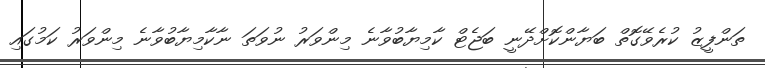
ތަންފީޒު ކުރެވޭގޮތް ބަޔާންކޮށްދޭނީ ބަޖެޓް ކާމިޔާބުވާނެ މިންވަރު ނުވަތަ ނާކާމިޔާބުވާނެ މިންވަރު ކަމުގައި